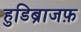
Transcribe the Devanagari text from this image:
हुडिब्राजफ़